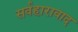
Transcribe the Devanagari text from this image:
सर्वहारावाद